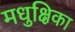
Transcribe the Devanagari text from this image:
मधुक्षिका